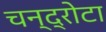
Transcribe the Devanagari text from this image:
चन्द्रोटा